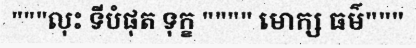
"""លុះ ទីបំផុត ទុក្ខ """" មោក្ស ធម៌"""